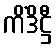
ကိံဒိဋ္ဌီ